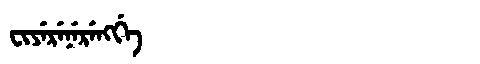
Manchu: ᠸᡳᠶᡝᡵᡝᠨᡝᡵᡝᠩᡤᡝ
Romanization: FIYERENERENGGE